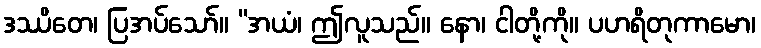
ဒဿိတေ၊ ပြအပ်သော်။ “အယံ၊ ဤလူသည်။ နော၊ ငါတို့ကို။ ပဟရိတုကာမော၊